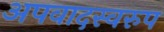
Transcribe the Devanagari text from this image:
अपवादस्वरुप